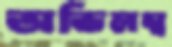
অভিলম্ব